Annual report on the working of the mental hospitals in the Madras Presidency - 1912-1932
Year: 1912
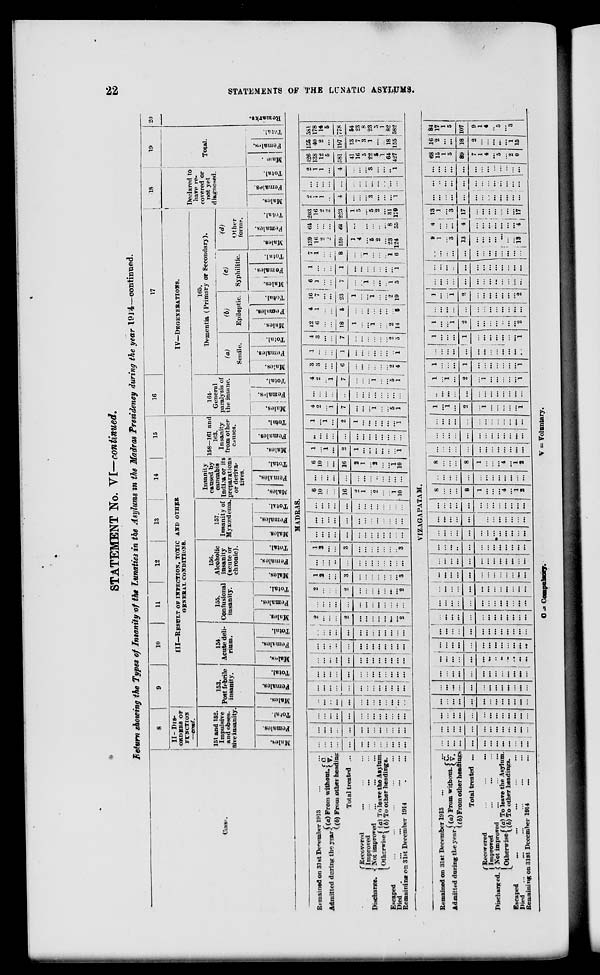
22
STATEMENTS OF THE LUNATIC ASYLUMS.
STATEMENT No. VI—continued.
Return showing the Types of Insanity of the Lunatics in the Asylums in the Madras Presidency during the year 1914—continued.
Class.
8
II- DIS-
ORDERS OF
FUNCTION
—cont.
151 and 152.
Impulsive
and obses-
sive insanity
Males.
Females.
Total.
9
10 11
12
13
14
15
III—RESULT OF INFECTION, TOXIC AND OTHER
GENERAL CONDITIONS.
153.
Post febrile
insanity.
Males.
Females.
Total
154
Acute deli-
rium.
Males.
Females.
Total.
155.
Gonfusional
insanity.
Males.
Females.
Total.
156.
Alcoholic
insanity
(acute or
chronic).
Males.
Females.
Total.
157.
Insanity of
Myxœdema.
Males.
Females.
Total.
Insanity
caused by
cannabis
Indica or its
preparations
or deriva-
tives.
Males.
Females.
Total.
158-161 and
163.
Insanity
from other
causes.
Males.
Females.
Total.
16
17
IV—DEGENERATIONS.
164.
General
paralysis of
the insane.
Males.
Females.
Total.
165.
Dementia (Primary of Secondary).
(a)
Senile.
Males.
Females.
Total.
(b)
Epileptic.
Males.
Females.
Total.
(c)
Syphilitic.
Males.
Females,
Total.
(d)
Other
forms.
Males.
Females.
Total.
18
Declared to
have re-
covered or
not yet
diagnosed.
Males.
Females.
Total.
19
Total.
Males.
Females.
Total.
20
Remarks.
MADRAS.
Remained on 31st December 1913
...
...
Admitted during the year (a) From without. C. V.
(b) From other heading
Total treated
...
Discharge.
Recovered
...
...
...
Improved ... ... ...
Not improved
...
...
...
Otherwise (a) To leave the Asylum.
(b) To other headings.
Escaped
...
...
...
Died
...
...
...
Remaining on 31st December 1914
...
...
...
...
...
...
...
...
...
...
...
...
...
...
...
...
...
...
...
...
...
...
...
...
...
...
...
...
...
...
...
...
...
...
...
...
...
...
...
...
...
...
...
...
...
...
...
...
...
...
...
...
...
...
...
...
...
...
...
...
...
...
...
...
...
...
...
...
...
...
...
...
...
...
...
...
...
...
... ...
...
...
...
...
...
...
...
...
...
...
...
...
...
...
...
...
...
...
...
...
...
...
...
...
...
...
...
...
...
...
...
...
...
...
...
...
...
...
...
...
2
...
...
...
2
...
...
...
...
...
..
...
2
...
...
...
...
...
...
...
...
...
...
...
...
...
2
...
...
...
2
...
...
...
...
...
...
...
2
1
2
...
...
3
...
...
...
...
...
...
...
3
...
...
...
...
...
...
...
...
...
...
...
...
...
1
2
...
...
3
...
...
...
...
...
...
...
3
...
...
...
...
...
...
...
...
...
...
...
...
...
...
...
...
...
...
...
...
...
...
...
...
...
...
...
...
...
...
...
...
...
...
...
...
...
...
...
6
10
...
...
16
2
1
...
9
...
...
1
10
...
...
...
...
...
...
...
...
...
...
...
6
10
...
...
16
2
1
2
...
1
10
1
...
1
...
2
1
...
...
...
...
1
...
1
...
...
...
...
...
...
...
...
...
...
...
...
...
1
...
1
...
2
1
...
...
...
...
...
...
1
4
2
...
1
7
...
...
...
1
...
...
5
1
...
...
...
...
...
...
... ...
...
...
...
...
...
4
2
1
7
...
...
...
1
...
...
5
1
2
3 ...
...
6
...
...
...
...
...
...
2
4
1
...
...
...
1
...
...
...
...
...
...
...
1
4
3
...
...
7
...
...
...
...
...
... 2
5
12
6
...
...
18
1
...
...
1
...
...
2
14
4
1
...
...
5
...
...
...
...
...
...
...
5
16
7
...
...
23
1
...
...
1
...
... 2
19
6
3 ...
...
7
...
...
1
...
...
...
1
5
1
...
...
...
1
...
...
...
...
...
...
...
1
7
1
...
...
8
...
...
1
...
...
1
6
139
16
2
...
159
1
4
...
5
2
...
23
124
64
...
...
...
64
...
...
...
...
...
...
8
55
203
16
2
2
223
1
5
...
5
2
...
31
179
2
1
1
...
4
...
...
...
3
...
...
...
1
...
...
. ..
...
...
...
...
...
...
...
...
...
...
2
1
1
...
4
...
...
...
3
...
...
..
1
426
138
12
5
581
41
16
5
22
5
1
64
427
155
40
2
...
197
13
7
3
1
...
...
18
155
581
178
14
5
778
54
23
8
23
5
1
82
582
VIZAGAPATAM.
Remained on 31st December 1913 ... ...
Admitted during the year (a) From without. C. V.
(b) From other headings
Total treated ...
Discharged.
Recovered
...
...
...
Improved ... ... ...
Not improved ... ... ...
Otherwise (a) To leave the Asylum.
(b) To other headingas.
Escaped
...
...
...
...
...
Died
...
...
...
...
...
...
Remaining on 31st December 1914 ... ...
...
...
...
...
. ..
...
...
...
...
...
...
...
...
...
...
...
...
...
...
...
...
...
...
...
...
...
...
...
...
...
...
...
...
...
...
...
...
... ...
...
...
...
...
...
...
. ..
...
...
...
...
...
...
...
...
...
...
...
...
...
...
...
...
...
...
...
...
...
...
...
...
...
...
...
...
...
...
...
...
...
...
...
...
...
...
...
..
..
...
...
...
...
...
...
...
...
...
...
...
...
...
...
...
...
...
...
...
...
...
...
...
...
...
...
...
...
...
...
...
...
...
...
...
...
...
...
...
...
...
...
...
...
...
...
...
...
...
...
...
...
...
...
...
...
...
...
...
...
. ..
...
...
...
...
...
...
...
...
...
...
...
...
...
...
...
...
...
...
...
...
...
...
...
...
...
...
...
...
...
...
...
...
...
...
...
...
...
...
...
...
...
...
...
...
...
...
...
...
...
...
...
...
...
...
...
...
...
...
...
...
...
...
...
...
...
...
...
...
...
...
...
...
...
...
...
...
...
...
...
...
...
...
....
...
...
...
8
...
...
...
8
1
...
...
...
4
...
1
2
...
...
...
...
...
...
...
...
...
...
...
...
...
8
...
...
...
8
1
...
...
...
4
...
1
2
...
...
...
...
...
...
...
...
...
...
...
...
...
...
...
...
...
...
...
...
...
...
...
...
...
...
...
...
...
...
...
...
...
...
...
...
...
...
...
1
...
1
...
2
...
1
...
...
...
...
...
1
...
...
...
...
...
...
...
...
...
...
...
...
...
1
...
1
...
2
...
1
...
...
...
...
...
1
1
...
...
...
1
...
...
...
...
...
...
...
1
...
...
...
...
...
...
...
...
...
...
...
...
...
1
...
...
...
1
...
...
...
...
...
...
1
1
...
...
1
2
...
...
...
..
...
...
2
...
...
...
...
...
...
...
...
...
...
...
...
...
1
...
...
1
2
...
...
...
...
...
...
2
...
...
...
...
...
...
...
...
...
...
...
...
...
...
...
...
...
...
...
...
...
...
...
...
...
...
...
...
...
...
...
...
...
...
...
...
...
...
...
9
1
...
3
13
...
...
. ..
...
...
...
...
13
4
...
...
...
4
...
...
...
...
...
...
...
4
13
1
...
3
17
...
...
...
...
...
...
...
17
...
...
...
...
...
...
...
...
...
...
...
...
...
...
...
...
...
...
...
...
...
...
...
...
...
...
...
...
...
...
...
...
...
...
...
...
...
...
...
68
15
1
5
89
7
1
4
...
5
...
2
0
16 2
...
...
18
2
...
...
...
...
...
1
15
84
17
1
5
107
9
1
4
...
5
...
3
...
C. = Compulsory.
V = Voluntary.